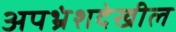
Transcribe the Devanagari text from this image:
अपभ्रंशदेखील